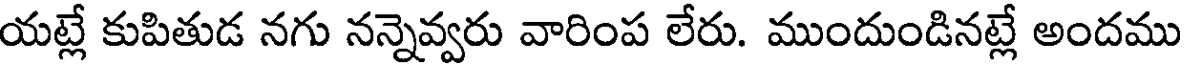
యట్లే కుపితుడ నగు నన్నెవ్వరు వారింప లేరు. ముందుండినట్లే అందము